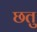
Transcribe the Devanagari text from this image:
छतु